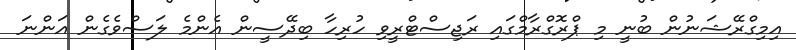
އިމިގްރޭޝަނުން ބުނީ މި ޕްރޮގްރާމްގައި ރަޖިސްޓްރީވި ހުރިހާ ބިދޭސީން އެންމެ ލަސްވެގެން އަންނަ